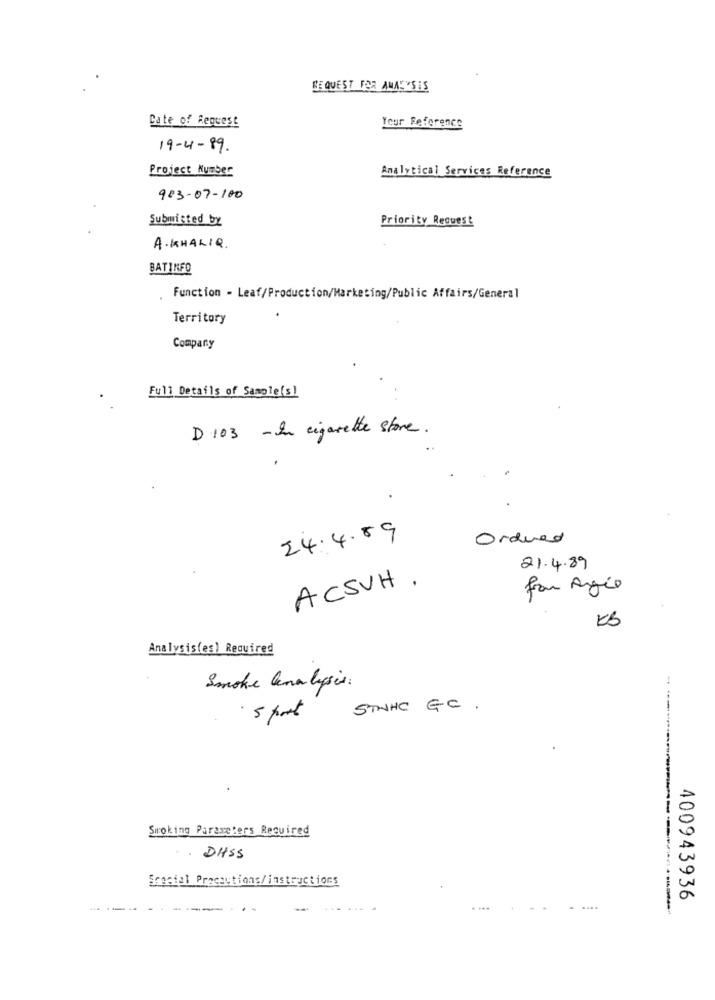
REQUEST FOR ANALYSIS
Date of Request
Your Reference
19-4-89.
Project Number
Analytical Services Reference
903-07-100
Submitted by
Priority Request
A. KHALIQ.
BATINFO
Function - Leaf/Production/Marketing/Public Affairs/General
Territory
Company
Full Details of Sample(s)
D 103 - In cigarette store.
24. 4.89
Ordered
21.4.89
ACSUH .
for Agio
KB
Analysisfes) Required
Smoke Canalysis:
STAHC GC .
· 5 port
Smoking Parameters Required
. DASS
Special Precautions/instructions
400943936
-